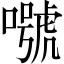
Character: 𡀱